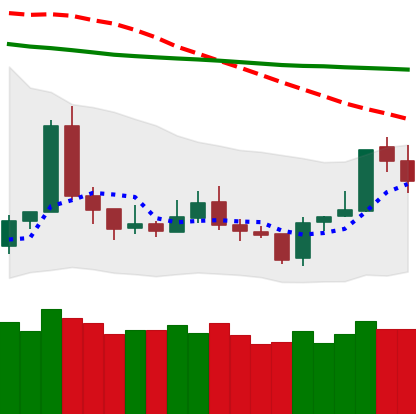
Ticker: TRX-USD
Chart end date: 2020-01-08
Forward return: 4.528%
Label: up_3_5